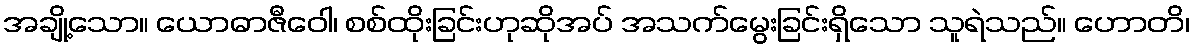
အချို့သော။ ယောဓာဇီဝေါ၊ စစ်ထိုးခြင်းဟုဆိုအပ် အသက်မွေးခြင်းရှိသော သူရဲသည်။ ဟောတိ၊